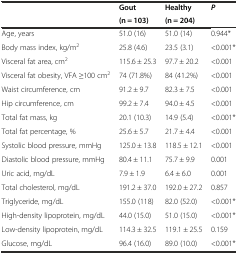
|  | Gout | Healthy | P |
 |  | (n = 103) | (n = 204) |  |
 | --- | --- | --- | --- |
 | Age, years | 51.0 (16) | 51.0 (14) | 0.944* |
 | Body mass index, kg/m2 | 25.8 (4.6) | 23.5 (3.1) | <0.001* |
 | Visceral fat area, cm2 | 115.6 ± 25.3 | 97.7 ± 20.2 | <0.001 |
 | Visceral fat obesity, VFA ≥100 cm2 | 74 (71.8%) | 84 (41.2%) | <0.001 |
 | Waist circumference, cm | 91.2 ± 9.7 | 82.3 ± 7.5 | <0.001 |
 | Hip circumference, cm | 99.2 ± 7.4 | 94.0 ± 4.5 | <0.001 |
 | Total fat mass, kg | 20.1 (10.3) | 14.9 (5.4) | <0.001* |
 | Total fat percentage, % | 25.6 ± 5.7 | 21.7 ± 4.4 | <0.001 |
 | Systolic blood pressure, mmHg | 125.0 ± 13.8 | 118.5 ± 12.1 | <0.001 |
 | Diastolic blood pressure, mmHg | 80.4 ± 11.1 | 75.7 ± 9.9 | 0.001 |
 | Uric acid, mg/dL | 7.9 ± 1.9 | 6.4 ± 6.0 | 0.001 |
 | Total cholesterol, mg/dL | 191.2 ± 37.0 | 192.0 ± 27.2 | 0.857 |
 | Triglyceride, mg/dL | 155.0 (118) | 82.0 (52.0) | <0.001* |
 | High-density lipoprotein, mg/dL | 44.0 (15.0) | 51.0 (15.0) | <0.001* |
 | Low-density lipoprotein, mg/dL | 114.3 ± 32.5 | 119.1 ± 25.5 | 0.159 |
 | Glucose, mg/dL | 96.4 (16.0) | 89.0 (10.0) | <0.001* |